Tezpur Lunatic Asylum reports 1895-1904 - 1895-1904
Year: 1895
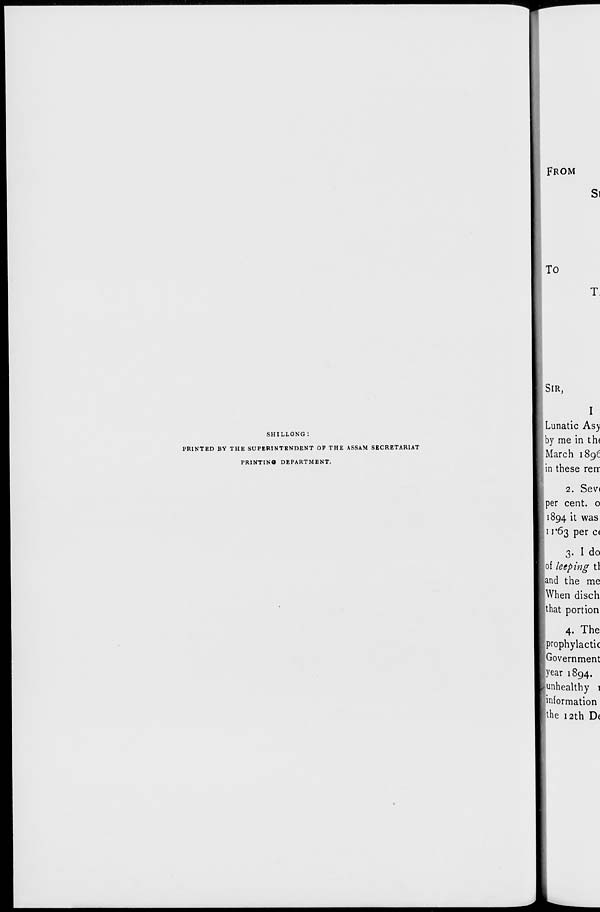
SHILLONG:
PRINTED BY THE SUPERINTENDENT OF THE ASSAM SECRETARIAT
PRINTIN* DEPARTMENT.